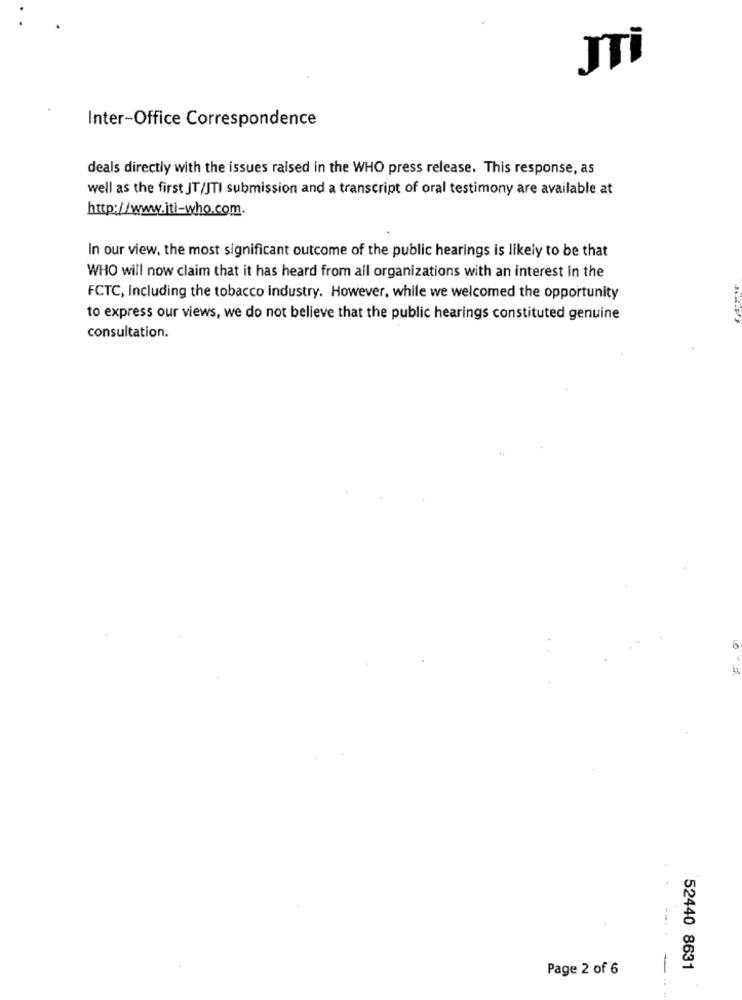
JTİ
Inter-Office Correspondence
deals directly with the issues raised in the WHO press release. This response, as
well as the first JT/JTI submission and a transcript of oral testimony are available at
http://www.iti-who.com.
In our view, the most significant outcome of the public hearings is likely to be that
WHO will now claim that it has heard from all organizations with an interest in the
FCTC, Including the tobacco industry. However, while we welcomed the opportunity
to express our views, we do not believe that the public hearings constituted genuine
consultation.
Page 2 of 6
52440 8631